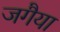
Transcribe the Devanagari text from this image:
जगैया